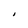
Character: I